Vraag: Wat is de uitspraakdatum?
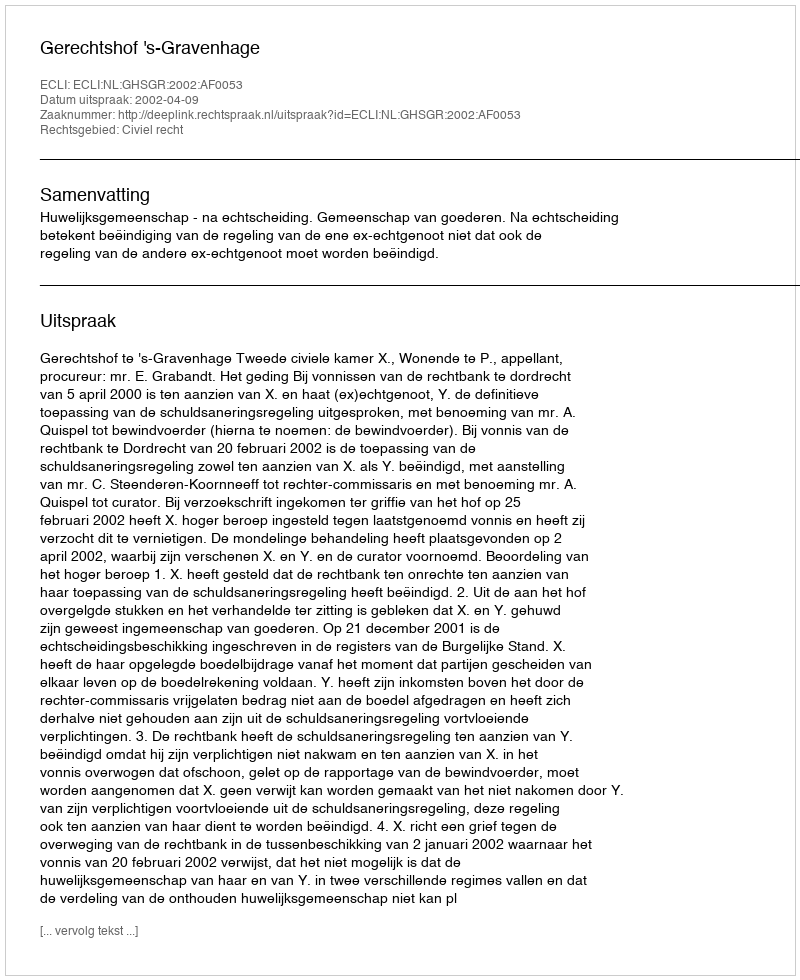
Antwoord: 2002-04-09